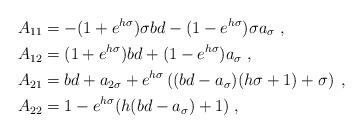
LaTeX: \begin{align*} A_{11} &= -(1+e^{h\sigma})\sigma bd - (1-e^{h\sigma})\sigma a_\sigma \;, \\ A_{12} &= (1+e^{h\sigma})bd + (1-e^{h\sigma}) a_\sigma \;, \\ A_{21} &= bd+a_{2\sigma}+e^{h\sigma}\left((bd-a_\sigma)(h\sigma+1)+\sigma\right) \;, \\ A_{22} &= 1-e^{h\sigma}(h(bd-a_\sigma)+1) \;, \\ \end{align*}